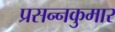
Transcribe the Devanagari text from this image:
प्रसन्‍नकुमार